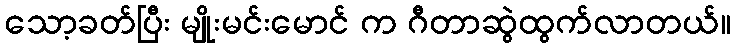
သော့ခတ်ပြီး မျိုးမင်းမောင် က ဂီတာဆွဲထွက်လာတယ်။